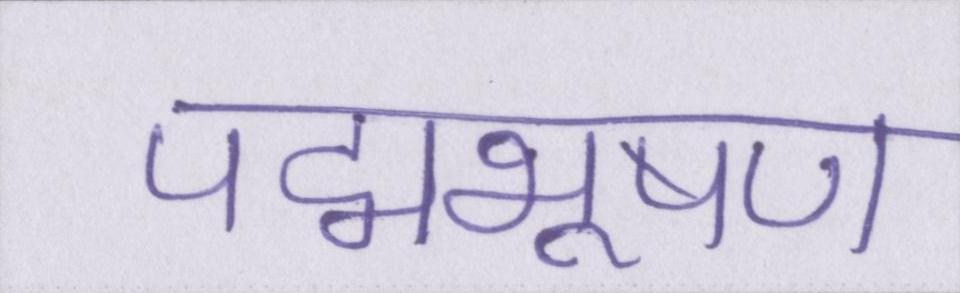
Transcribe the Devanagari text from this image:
पद्मभूषण